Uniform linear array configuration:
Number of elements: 8
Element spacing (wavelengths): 0.5
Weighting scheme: binomial
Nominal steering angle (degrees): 15
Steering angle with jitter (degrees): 15.322
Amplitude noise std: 0.05
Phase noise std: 0.05

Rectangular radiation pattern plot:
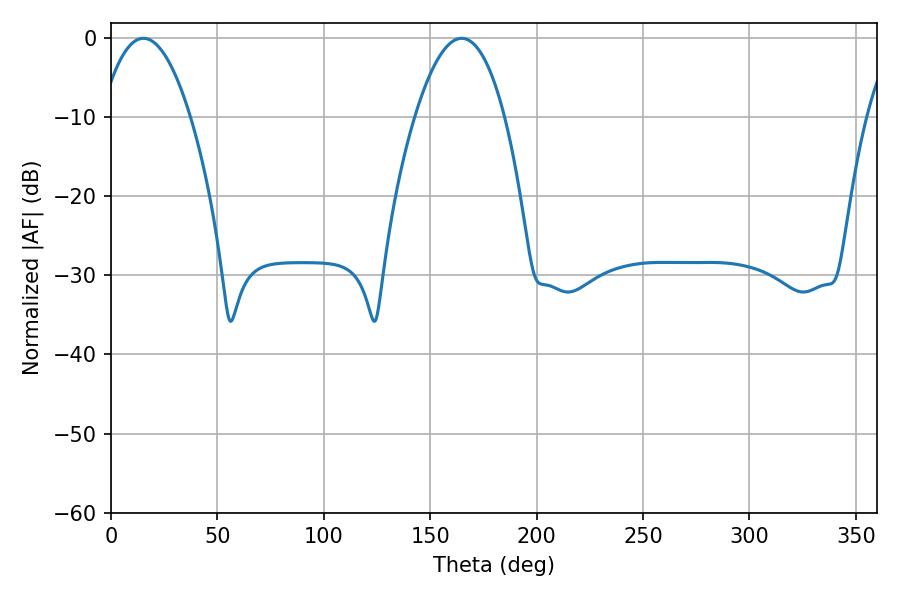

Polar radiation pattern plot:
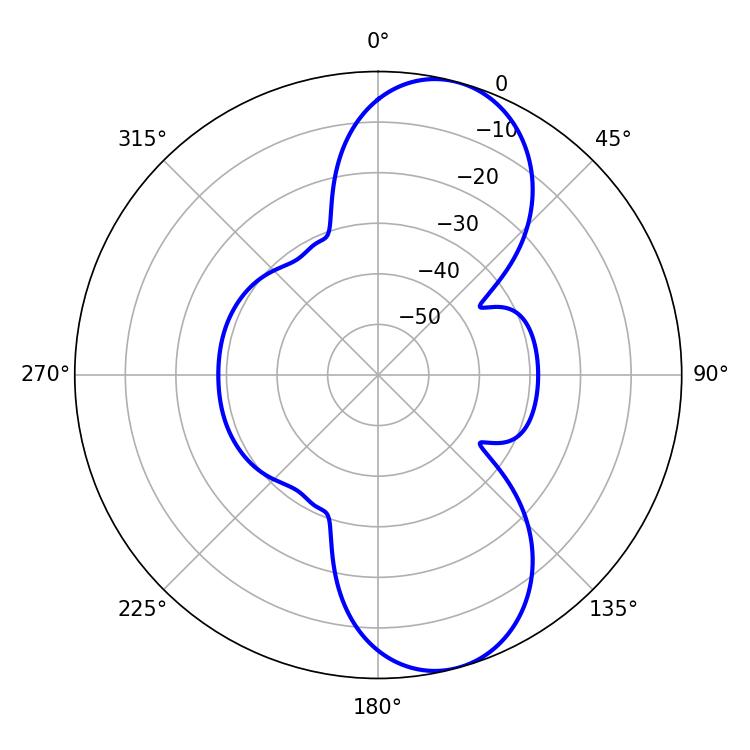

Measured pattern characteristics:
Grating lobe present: FALSE
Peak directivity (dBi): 9.355
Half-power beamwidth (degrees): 23.22
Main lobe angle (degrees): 15.3